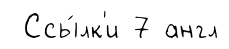
Ссы́лк'и 7 англ